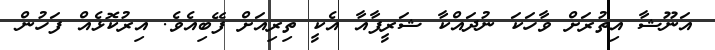
އަނޫޝާ އިތުރަށް ވާހަކަ ނުދައްކާ ޝަރީފާއާ އެކީ ތިރިއަށް ފޭބިއެވެ. އިރުކޮޅެއް ފަހުން